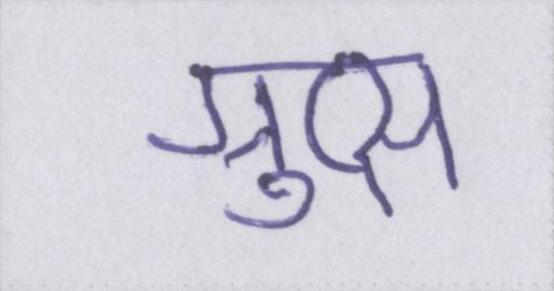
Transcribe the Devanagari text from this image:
ग्रुप्स